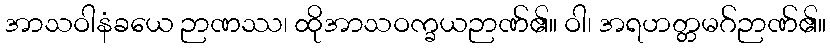
အာသဝါနံခယေ ဉာဏဿ၊ ထိုအာသဝက္ခယဉာဏ်၏။ ဝါ၊ အရဟတ္တမဂ်ဉာဏ်၏။